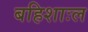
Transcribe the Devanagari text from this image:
बहिशाःल